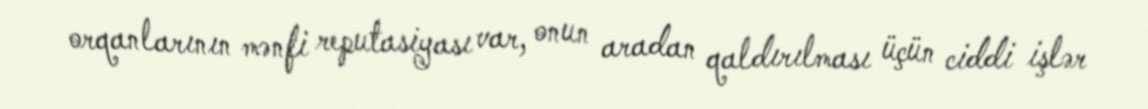
orqanlarının mənfi reputasiyası var, onun aradan qaldırılması üçün ciddi işlər